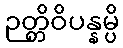
ဉတ္တိဝိပန္နမ္ပိ